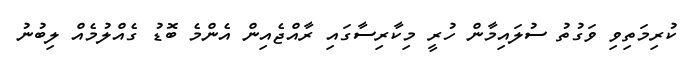
ކުރިމަތިވި ވަގުތު ސުލައިމާން ހުރީ މިކާރިސާގައި ރާއްޖެއިން އެންމެ ބޮޑު ގެއްލުމެއް ލިބުނު